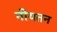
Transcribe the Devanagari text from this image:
नीयतन